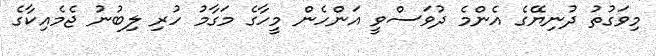
މިވަގުތު ދުނިޔޭގެ އެންމެ ދުވަސްވީ އަންހެން މީހާގެ މަގާމު ހުރި ލިބުނު ޖެމެއިކާގެ